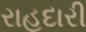
રાહદારી